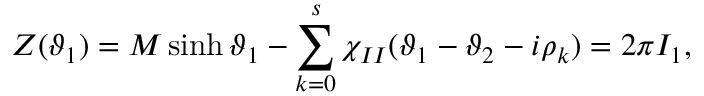
Z ( \vartheta _ { 1 } ) = { \cal M } \sinh \vartheta _ { 1 } - \sum _ { k = 0 } ^ { s } \chi _ { I I } ( \vartheta _ { 1 } - \vartheta _ { 2 } - i \rho _ { k } ) = 2 \pi I _ { 1 } ,